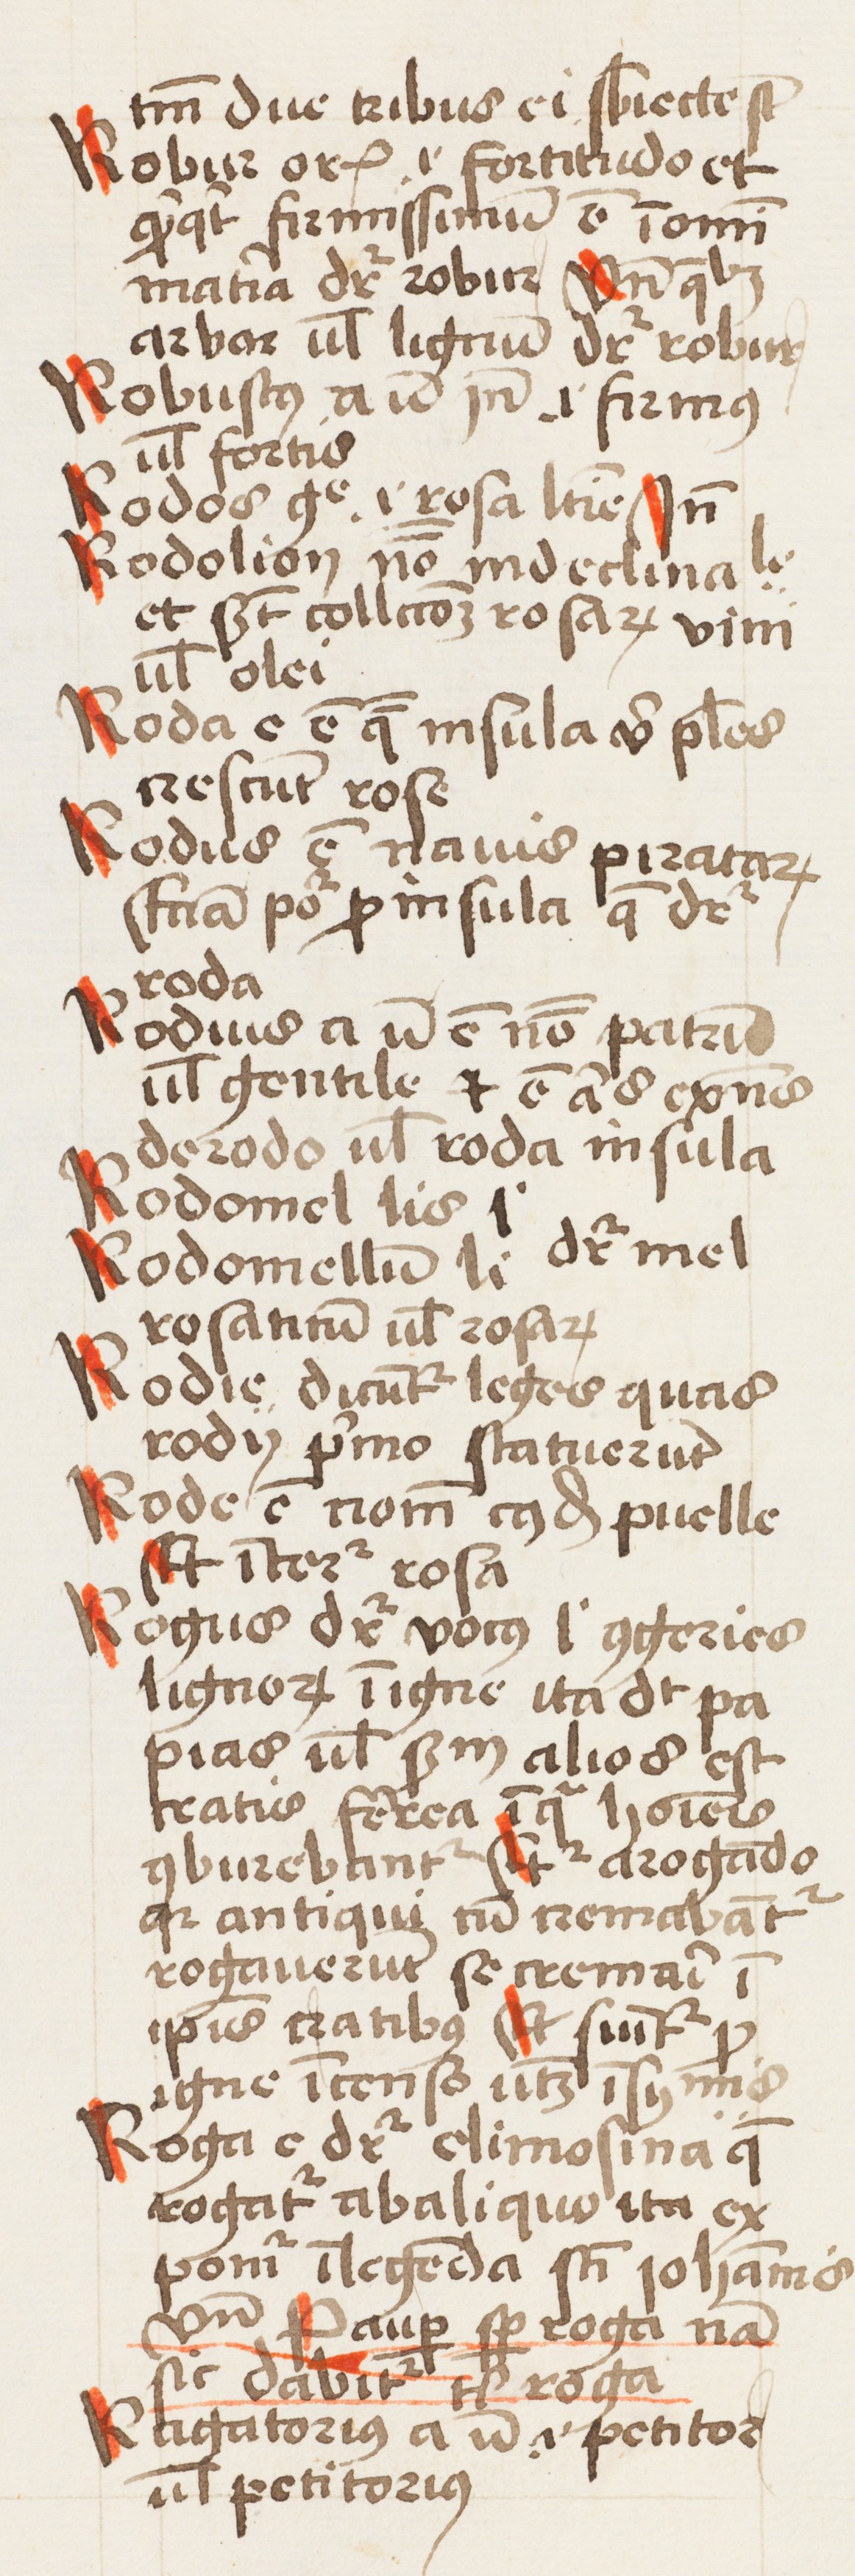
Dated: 1452–1452